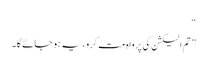
“
” تم الیکشن کی پرواہ مت کرو ،یہ ہو جائے گا۔